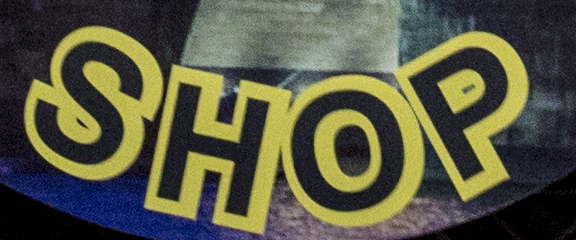
SHOP